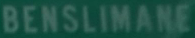
BENSILIMANE